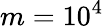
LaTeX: m=10^{4}